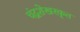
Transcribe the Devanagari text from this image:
चंद्रशेखरकृत